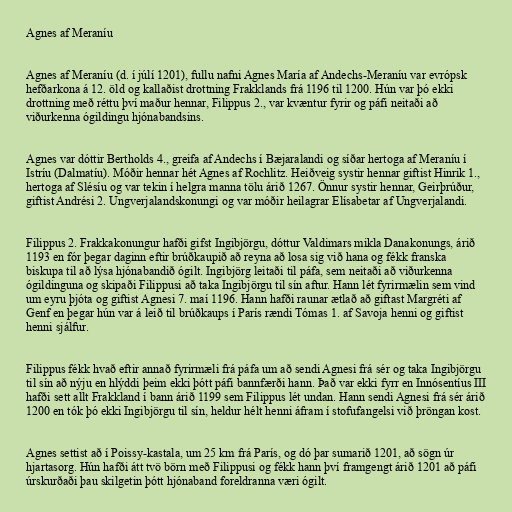
Agnes af Meraníu

Agnes af Meraníu (d. í júlí 1201), fullu nafni Agnes María af Andechs-Meraníu var evrópsk
hefðarkona á 12. öld og kallaðist drottning Frakklands frá 1196 til 1200. Hún var þó ekki
drottning með réttu því maður hennar, Filippus 2., var kvæntur fyrir og páfi neitaði að
viðurkenna ógildingu hjónabandsins.

Agnes var dóttir Bertholds 4., greifa af Andechs í Bæjaralandi og síðar hertoga af Meraníu í
Istríu (Dalmatíu). Móðir hennar hét Agnes af Rochlitz. Heiðveig systir hennar giftist Hinrik 1.,
hertoga af Slésíu og var tekin í helgra manna tölu árið 1267. Önnur systir hennar, Geirþrúður,
giftist Andrési 2. Ungverjalandskonungi og var móðir heilagrar Elísabetar af Ungverjalandi.

Filippus 2. Frakkakonungur hafði gifst Ingibjörgu, dóttur Valdimars mikla Danakonungs, árið
1193 en fór þegar daginn eftir brúðkaupið að reyna að losa sig við hana og fékk franska
biskupa til að lýsa hjónabandið ógilt. Ingibjörg leitaði til páfa, sem neitaði að viðurkenna
ógildinguna og skipaði Filippusi að taka Ingibjörgu til sín aftur. Hann lét fyrirmælin sem vind
um eyru þjóta og giftist Agnesi 7. maí 1196. Hann hafði raunar ætlað að giftast Margréti af
Genf en þegar hún var á leið til brúðkaups í París rændi Tómas 1. af Savoja henni og giftist
henni sjálfur.

Filippus fékk hvað eftir annað fyrirmæli frá páfa um að sendi Agnesi frá sér og taka Ingibjörgu
til sín að nýju en hlýddi þeim ekki þótt páfi bannfærði hann. Það var ekki fyrr en Innósentíus III
hafði sett allt Frakkland í bann árið 1199 sem Filippus lét undan. Hann sendi Agnesi frá sér árið
1200 en tók þó ekki Ingibjörgu til sín, heldur hélt henni áfram í stofufangelsi við þröngan kost.

Agnes settist að í Poissy-kastala, um 25 km frá París, og dó þar sumarið 1201, að sögn úr
hjartasorg. Hún hafði átt tvö börn með Filippusi og fékk hann því framgengt árið 1201 að páfi
úrskurðaði þau skilgetin þótt hjónaband foreldranna væri ógilt.